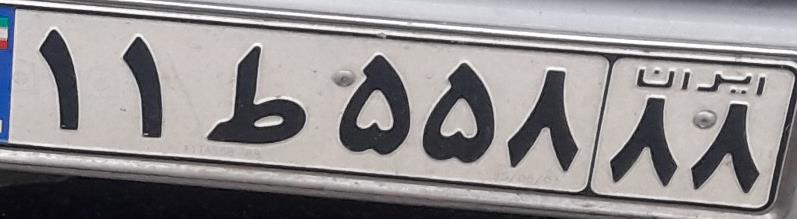
۱۱ط۵۵۸۸۸